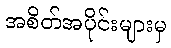
အစိတ်အပိုင်းများမှ